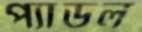
প্যাডল